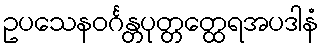
ဥပသေနဝင်္ဂန္တပုတ္တတ္ထေရအပဒါနံ